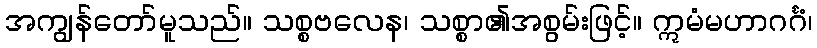
အကျွန်တော်မူသည်။ သစ္စဗလေန၊ သစ္စာ၏အစွမ်းဖြင့်။ ဣမံမဟာဂင်္ဂံ၊